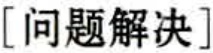
[问题解决]